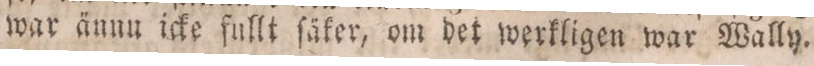
war ännu icke fullt ſäker, om det werkligen war Wally.